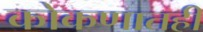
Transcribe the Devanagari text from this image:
कोकणातही